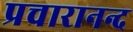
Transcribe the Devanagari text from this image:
प्रचारानन्द